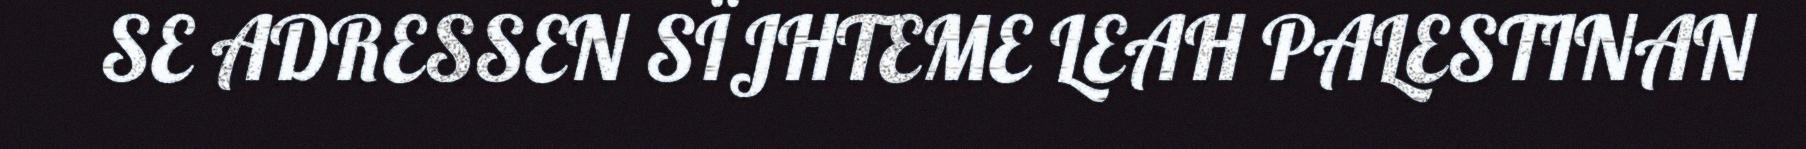
SE ADRESSEN SÏJHTEME LEAH PALESTINAN